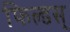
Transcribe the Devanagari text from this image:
फिल्डस्